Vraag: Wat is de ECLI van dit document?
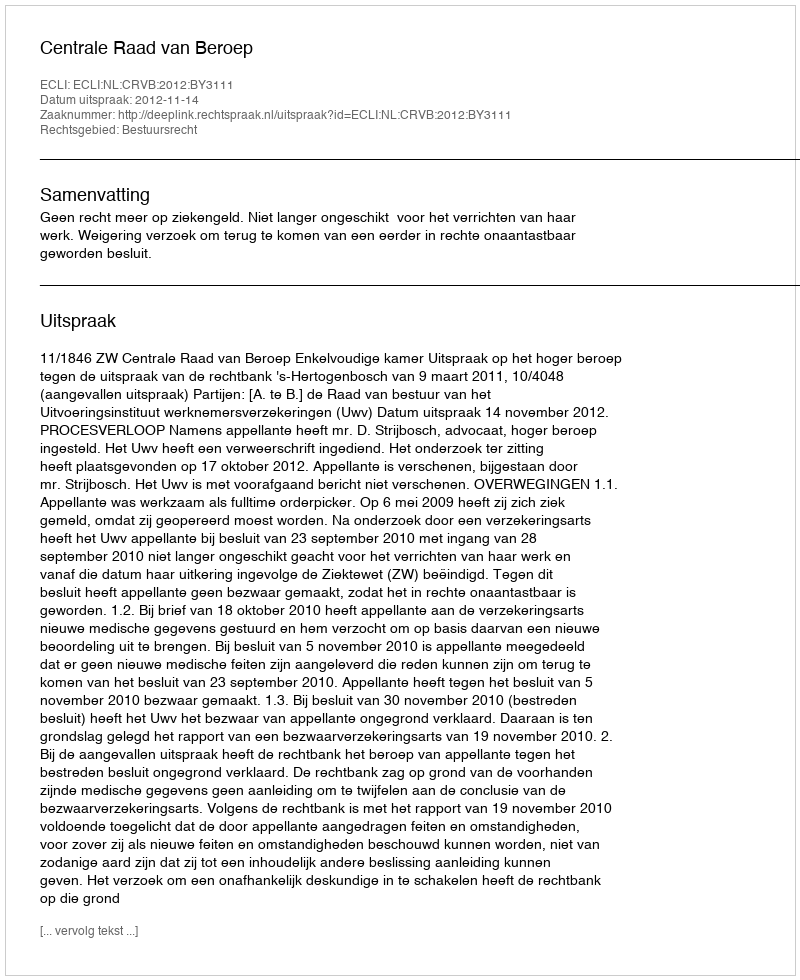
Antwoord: ECLI:NL:CRVB:2012:BY3111